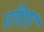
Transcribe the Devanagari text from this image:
रॉशर